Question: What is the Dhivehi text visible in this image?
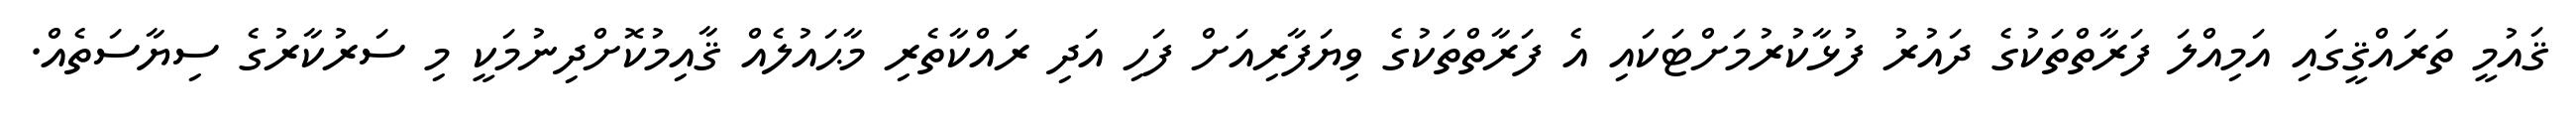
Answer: ޤައުމީ ތަރައްޤީގައި އަމިއްލަ ފަރާތްތަކުގެ ދައުރު ފުޅާކުރުމަށްޓަކައި އެ ފަރާތްތަކުގެ ވިޔަފާރިއަށް ފަހި އަދި ރައްކާތެރި މާޙައުލެއް ޤާއިމުކޮށްދިނުމަކީ މި ސަރުކާރުގެ ސިޔާސަތެއް.